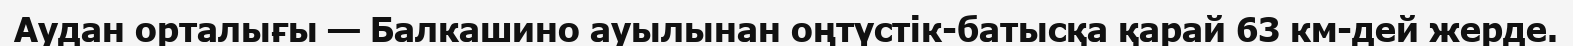
Аудан орталығы — Балкашино ауылынан оңтүстік-батысқа қарай 63 км-дей жерде.